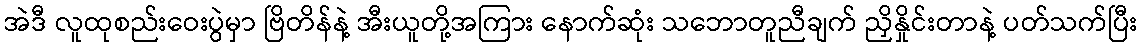
အဲဒီ လူထုစည်းဝေးပွဲမှာ ဗြိတိန်နဲ့ အီးယူတို့အကြား နောက်ဆုံး သဘောတူညီချက် ညှိနှိုင်းတာနဲ့ ပတ်သက်ပြီး